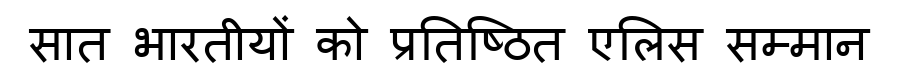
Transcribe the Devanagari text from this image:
सात भारतीयों को प्रतिष्ठित एलिस सम्मान